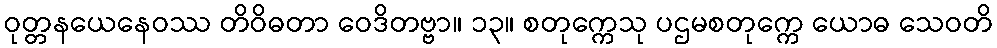
ဝုတ္တနယေနေဝဿ တိဝိဓတာ ဝေဒိတဗ္ဗာ။ ၁၃။ စတုက္ကေသု ပဌမစတုက္ကေ ယောဓ သေဝတိ